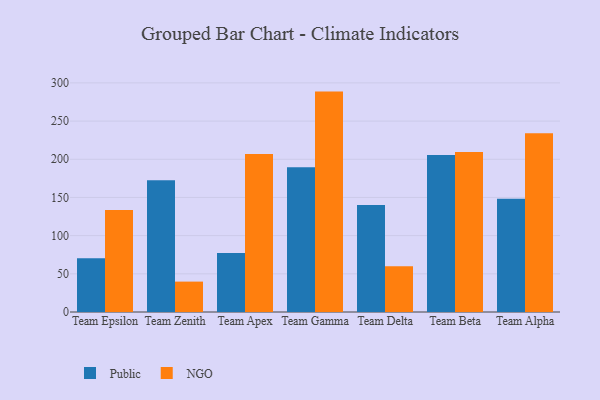
{"axis": {"x": "Team", "y": "Temperature (°C)"}, "legend": ["NGO", "Public"], "data": [{"x": "Team Epsilon", "y": 70.5, "type": "Public"}, {"x": "Team Epsilon", "y": 133.6, "type": "NGO"}, {"x": "Team Zenith", "y": 172.4, "type": "Public"}, {"x": "Team Zenith", "y": 39.8, "type": "NGO"}, {"x": "Team Apex", "y": 77.2, "type": "Public"}, {"x": "Team Apex", "y": 207.0, "type": "NGO"}, {"x": "Team Gamma", "y": 189.4, "type": "Public"}, {"x": "Team Gamma", "y": 288.6, "type": "NGO"}, {"x": "Team Delta", "y": 140.2, "type": "Public"}, {"x": "Team Delta", "y": 59.9, "type": "NGO"}, {"x": "Team Beta", "y": 205.6, "type": "Public"}, {"x": "Team Beta", "y": 209.6, "type": "NGO"}, {"x": "Team Alpha", "y": 148.4, "type": "Public"}, {"x": "Team Alpha", "y": 233.9, "type": "NGO"}]}